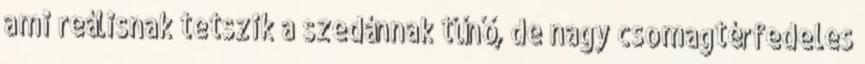
ami reálisnak tetszik a szedánnak tűnő, de nagy csomagtérfedeles